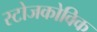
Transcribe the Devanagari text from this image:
स्टोजकोविक